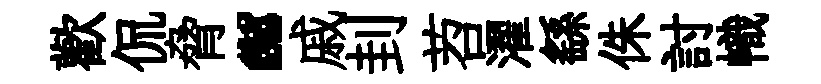
歡侃脅“戚刲苕濯繇侏討幟